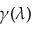
\gamma ( \lambda )